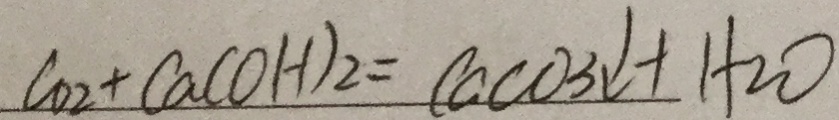
C O _ { 2 } + C a ( O H ) _ { 2 } = C a C O _ { 3 } \downarrow + H _ { 2 } O